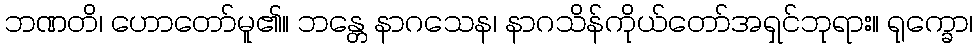
ဘဏတိ၊ ဟောတော်မူ၏။ ဘန္တေ နာဂသေန၊ နာဂသိန်ကိုယ်တော်အရှင်ဘုရား။ ရုက္ခော၊